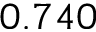
0 . 7 4 0